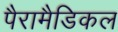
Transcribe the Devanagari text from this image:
पैरामैडिकल